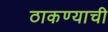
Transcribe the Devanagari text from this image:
ठाकण्याची